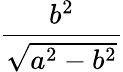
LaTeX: \frac{b^{2}}{\sqrt{a^{2}-b^{2}}}